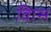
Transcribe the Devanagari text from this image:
विास